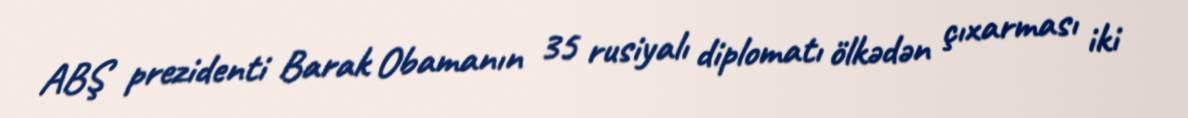
ABŞ prezidenti Barak Obamanın 35 rusiyalı diplomatı ölkədən çıxarması iki